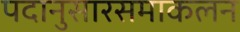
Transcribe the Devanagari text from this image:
पदानुसारसमाकलन